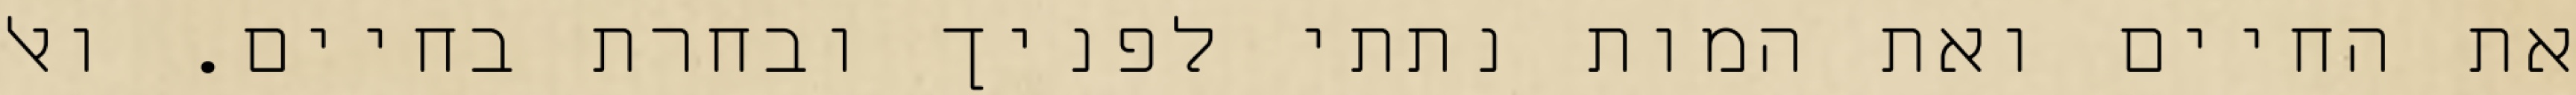
את החיים ואת המות נתתי לפניך ובחרת בחיים. ואל